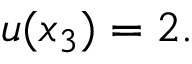
u ( x _ { 3 } ) = 2 .